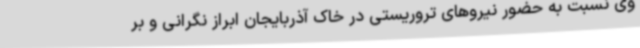
وی نسبت به حضور نیروهای تروریستی در خاک آذربایجان ابراز نگرانی و بر